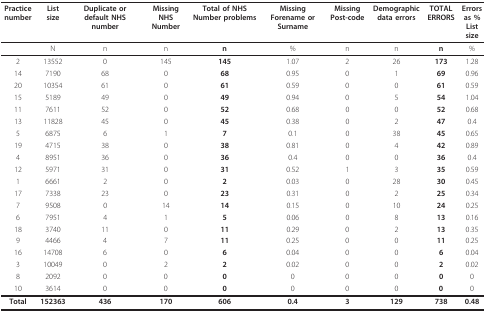
<table><thead><tr><td><b>Practice number</b></td><td><b>List size</b></td><td><b>Duplicate or default NHS number</b></td><td><b>Missing NHS Number</b></td><td><b>Total of NHS Number problems</b></td><td><b>Missing Forename or Surname</b></td><td><b>Missing Post-code</b></td><td><b>Demographic data errors</b></td><td><b>TOTALERRORS</b></td><td><b>Errors as %List size</b></td></tr></thead><tbody><tr><td></td><td>N</td><td>n</td><td>n</td><td><b>n</b></td><td>%</td><td>n</td><td>n</td><td><b>n</b></td><td>%</td></tr><tr><td>2</td><td>13552</td><td>0</td><td>145</td><td><b>145</b></td><td>1.07</td><td>2</td><td>26</td><td><b>173</b></td><td>1.28</td></tr><tr><td>14</td><td>7190</td><td>68</td><td>0</td><td><b>68</b></td><td>0.95</td><td>0</td><td>1</td><td><b>69</b></td><td>0.96</td></tr><tr><td>20</td><td>10354</td><td>61</td><td>0</td><td><b>61</b></td><td>0.59</td><td>0</td><td>0</td><td><b>61</b></td><td>0.59</td></tr><tr><td>15</td><td>5189</td><td>49</td><td>0</td><td><b>49</b></td><td>0.94</td><td>0</td><td>5</td><td><b>54</b></td><td>1.04</td></tr><tr><td>11</td><td>7611</td><td>52</td><td>0</td><td><b>52</b></td><td>0.68</td><td>0</td><td>0</td><td><b>52</b></td><td>0.68</td></tr><tr><td>13</td><td>11828</td><td>45</td><td>0</td><td><b>45</b></td><td>0.38</td><td>0</td><td>2</td><td><b>47</b></td><td>0.4</td></tr><tr><td>5</td><td>6875</td><td>6</td><td>1</td><td><b>7</b></td><td>0.1</td><td>0</td><td>38</td><td><b>45</b></td><td>0.65</td></tr><tr><td>19</td><td>4715</td><td>38</td><td>0</td><td><b>38</b></td><td>0.81</td><td>0</td><td>4</td><td><b>42</b></td><td>0.89</td></tr><tr><td>4</td><td>8951</td><td>36</td><td>0</td><td><b>36</b></td><td>0.4</td><td>0</td><td>0</td><td><b>36</b></td><td>0.4</td></tr><tr><td>12</td><td>5971</td><td>31</td><td>0</td><td><b>31</b></td><td>0.52</td><td>1</td><td>3</td><td><b>35</b></td><td>0.59</td></tr><tr><td>1</td><td>6661</td><td>2</td><td>0</td><td><b>2</b></td><td>0.03</td><td>0</td><td>28</td><td><b>30</b></td><td>0.45</td></tr><tr><td>17</td><td>7338</td><td>23</td><td>0</td><td><b>23</b></td><td>0.31</td><td>0</td><td>2</td><td><b>25</b></td><td>0.34</td></tr><tr><td>7</td><td>9508</td><td>0</td><td>14</td><td><b>14</b></td><td>0.15</td><td>0</td><td>10</td><td><b>24</b></td><td>0.25</td></tr><tr><td>6</td><td>7951</td><td>4</td><td>1</td><td><b>5</b></td><td>0.06</td><td>0</td><td>8</td><td><b>13</b></td><td>0.16</td></tr><tr><td>18</td><td>3740</td><td>11</td><td>0</td><td><b>11</b></td><td>0.29</td><td>0</td><td>2</td><td><b>13</b></td><td>0.35</td></tr><tr><td>9</td><td>4466</td><td>4</td><td>7</td><td><b>11</b></td><td>0.25</td><td>0</td><td>0</td><td><b>11</b></td><td>0.25</td></tr><tr><td>16</td><td>14708</td><td>6</td><td>0</td><td><b>6</b></td><td>0.04</td><td>0</td><td>0</td><td><b>6</b></td><td>0.04</td></tr><tr><td>3</td><td>10049</td><td>0</td><td>2</td><td><b>2</b></td><td>0.02</td><td>0</td><td>0</td><td><b>2</b></td><td>0.02</td></tr><tr><td>8</td><td>2092</td><td>0</td><td>0</td><td><b>0</b></td><td>0</td><td>0</td><td>0</td><td><b>0</b></td><td>0</td></tr><tr><td>10</td><td>3614</td><td>0</td><td>0</td><td><b>0</b></td><td>0</td><td>0</td><td>0</td><td><b>0</b></td><td>0</td></tr><tr><td><b>Total</b></td><td><b>152363</b></td><td><b>436</b></td><td><b>170</b></td><td><b>606</b></td><td><b>0.4</b></td><td><b>3</b></td><td><b>129</b></td><td><b>738</b></td><td><b>0.48</b></td></tr></tbody></table>